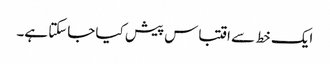
ایک خط سے اقتباس پیش کیا جاسکتا ہے۔